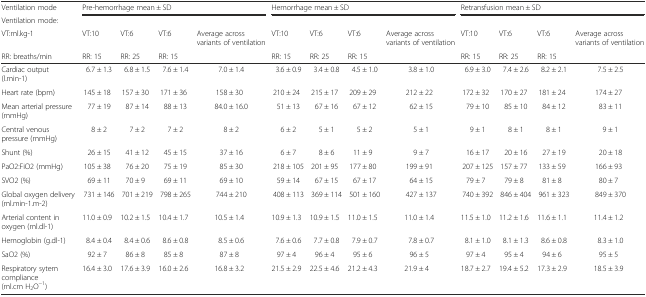
<table><thead><tr><td><b>Ventilation mode</b></td><td colspan="4"><b>Pre-hemorrhage mean ± SD</b></td><td colspan="4"><b>Hemorrhage mean ± SD</b></td><td colspan="4"><b>Retransfusion mean ± SD</b></td></tr><tr><td><b>Ventilation mode:</b></td><td></td><td></td><td></td><td></td><td></td><td></td><td></td><td></td><td></td><td></td><td></td><td></td></tr><tr><td><b>VT:ml.kg-1</b></td><td><b>VT:10</b></td><td><b>VT:6</b></td><td><b>VT:6</b></td><td><b>Average across variants of ventilation</b></td><td><b>VT:10</b></td><td><b>VT:6</b></td><td><b>VT:6</b></td><td><b>Average across variants of ventilation</b></td><td><b>VT:10</b></td><td><b>VT:6</b></td><td><b>VT:6</b></td><td><b>Average across variants of ventilation</b></td></tr><tr><td><b>RR: breaths/min</b></td><td><b>RR: 15</b></td><td><b>RR: 25</b></td><td><b>RR: 15</b></td><td></td><td><b>RR: 15</b></td><td><b>RR: 25</b></td><td><b>RR: 15</b></td><td></td><td><b>RR: 15</b></td><td><b>RR: 25</b></td><td><b>RR: 15</b></td><td></td></tr></thead><tbody><tr><td>Cardiac output (l.min-1)</td><td>6.7 ± 1.3</td><td>6.8 ± 1.5</td><td>7.6 ± 1.4</td><td>7.0 ± 1.4</td><td>3.6 ± 0.9</td><td>3.4 ± 0.8</td><td>4.5 ± 1.0</td><td>3.8 ± 1.0</td><td>6.9 ± 3.0</td><td>7.4 ± 2.6</td><td>8.2 ± 2.1</td><td>7.5 ± 2.5</td></tr><tr><td>Heart rate (bpm)</td><td>145 ± 18</td><td>157 ± 30</td><td>171 ± 36</td><td>158 ± 30</td><td>210 ± 24</td><td>215 ± 17</td><td>209 ± 29</td><td>212 ± 22</td><td>172 ± 32</td><td>170 ± 27</td><td>181 ± 24</td><td>174 ± 27</td></tr><tr><td>Mean arterial pressure (mmHg)</td><td>77 ± 19</td><td>87 ± 14</td><td>88 ± 13</td><td>84.0 ± 16.0</td><td>51 ± 13</td><td>67 ± 16</td><td>67 ± 12</td><td>62 ± 15</td><td>79 ± 10</td><td>85 ± 10</td><td>84 ± 12</td><td>83 ± 11</td></tr><tr><td>Central venous pressure (mmHg)</td><td>8 ± 2</td><td>7 ± 2</td><td>7 ± 2</td><td>8 ± 2</td><td>6 ± 2</td><td>5 ± 1</td><td>5 ± 2</td><td>5 ± 1</td><td>9 ± 1</td><td>8 ± 1</td><td>8 ± 1</td><td>9 ± 1</td></tr><tr><td>Shunt (%)</td><td>26 ± 15</td><td>41 ± 12</td><td>45 ± 15</td><td>37 ± 16</td><td>6 ± 7</td><td>8 ± 6</td><td>11 ± 9</td><td>9 ± 7</td><td>16 ± 17</td><td>20 ± 16</td><td>27 ± 19</td><td>20 ± 18</td></tr><tr><td>PaO2:FiO2 (mmHg)</td><td>105 ± 38</td><td>76 ± 20</td><td>75 ± 19</td><td>85 ± 30</td><td>218 ± 105</td><td>201 ± 95</td><td>177 ± 80</td><td>199 ± 91</td><td>207 ± 125</td><td>157 ± 77</td><td>133 ± 59</td><td>166 ± 93</td></tr><tr><td>SVO2 (%)</td><td>69 ± 11</td><td>70 ± 9</td><td>69 ± 11</td><td>69 ± 10</td><td>59 ± 14</td><td>67 ± 15</td><td>67 ± 17</td><td>64 ± 15</td><td>79 ± 7</td><td>79 ± 8</td><td>81 ± 8</td><td>80 ± 7</td></tr><tr><td>Global oxygen delivery (ml.min-1.m-2)</td><td>731 ± 146</td><td>701 ± 219</td><td>798 ± 265</td><td>744 ± 210</td><td>408 ± 113</td><td>369 ± 114</td><td>501 ± 160</td><td>427 ± 137</td><td>740 ± 392</td><td>846 ± 404</td><td>961 ± 323</td><td>849 ± 370</td></tr><tr><td>Arterial content in oxygen (ml.dl-1)</td><td>11.0 ± 0.9</td><td>10.2 ± 1.5</td><td>10.4 ± 1.7</td><td>10.5 ± 1.4</td><td>10.9 ± 1.3</td><td>10.9 ± 1.5</td><td>11.0 ± 1.5</td><td>11.0 ± 1.4</td><td>11.5 ± 1.0</td><td>11.2 ± 1.6</td><td>11.6 ± 1.1</td><td>11.4 ± 1.2</td></tr><tr><td>Hemoglobin (g.dl-1)</td><td>8.4 ± 0.4</td><td>8.4 ± 0.6</td><td>8.6 ± 0.8</td><td>8.5 ± 0.6</td><td>7.6 ± 0.6</td><td>7.7 ± 0.8</td><td>7.9 ± 0.7</td><td>7.8 ± 0.7</td><td>8.1 ± 1.0</td><td>8.1 ± 1.3</td><td>8.6 ± 0.8</td><td>8.3 ± 1.0</td></tr><tr><td>SaO2 (%)</td><td>92 ± 7</td><td>86 ± 8</td><td>85 ± 8</td><td>87 ± 8</td><td>97 ± 4</td><td>96 ± 4</td><td>95 ± 6</td><td>96 ± 5</td><td>97 ± 4</td><td>95 ± 4</td><td>94 ± 6</td><td>95 ± 5</td></tr><tr><td>Respiratory sytem compliance (ml.cm H<sub>2</sub>O<sup>−1</sup>)</td><td>16.4 ± 3.0</td><td>17.6 ± 3.9</td><td>16.0 ± 2.6</td><td>16.8 ± 3.2</td><td>21.5 ± 2.9</td><td>22.5 ± 4.6</td><td>21.2 ± 4.3</td><td>21.9 ± 4</td><td>18.7 ± 2.7</td><td>19.4 ± 5.2</td><td>17.3 ± 2.9</td><td>18.5 ± 3.9</td></tr></tbody></table>